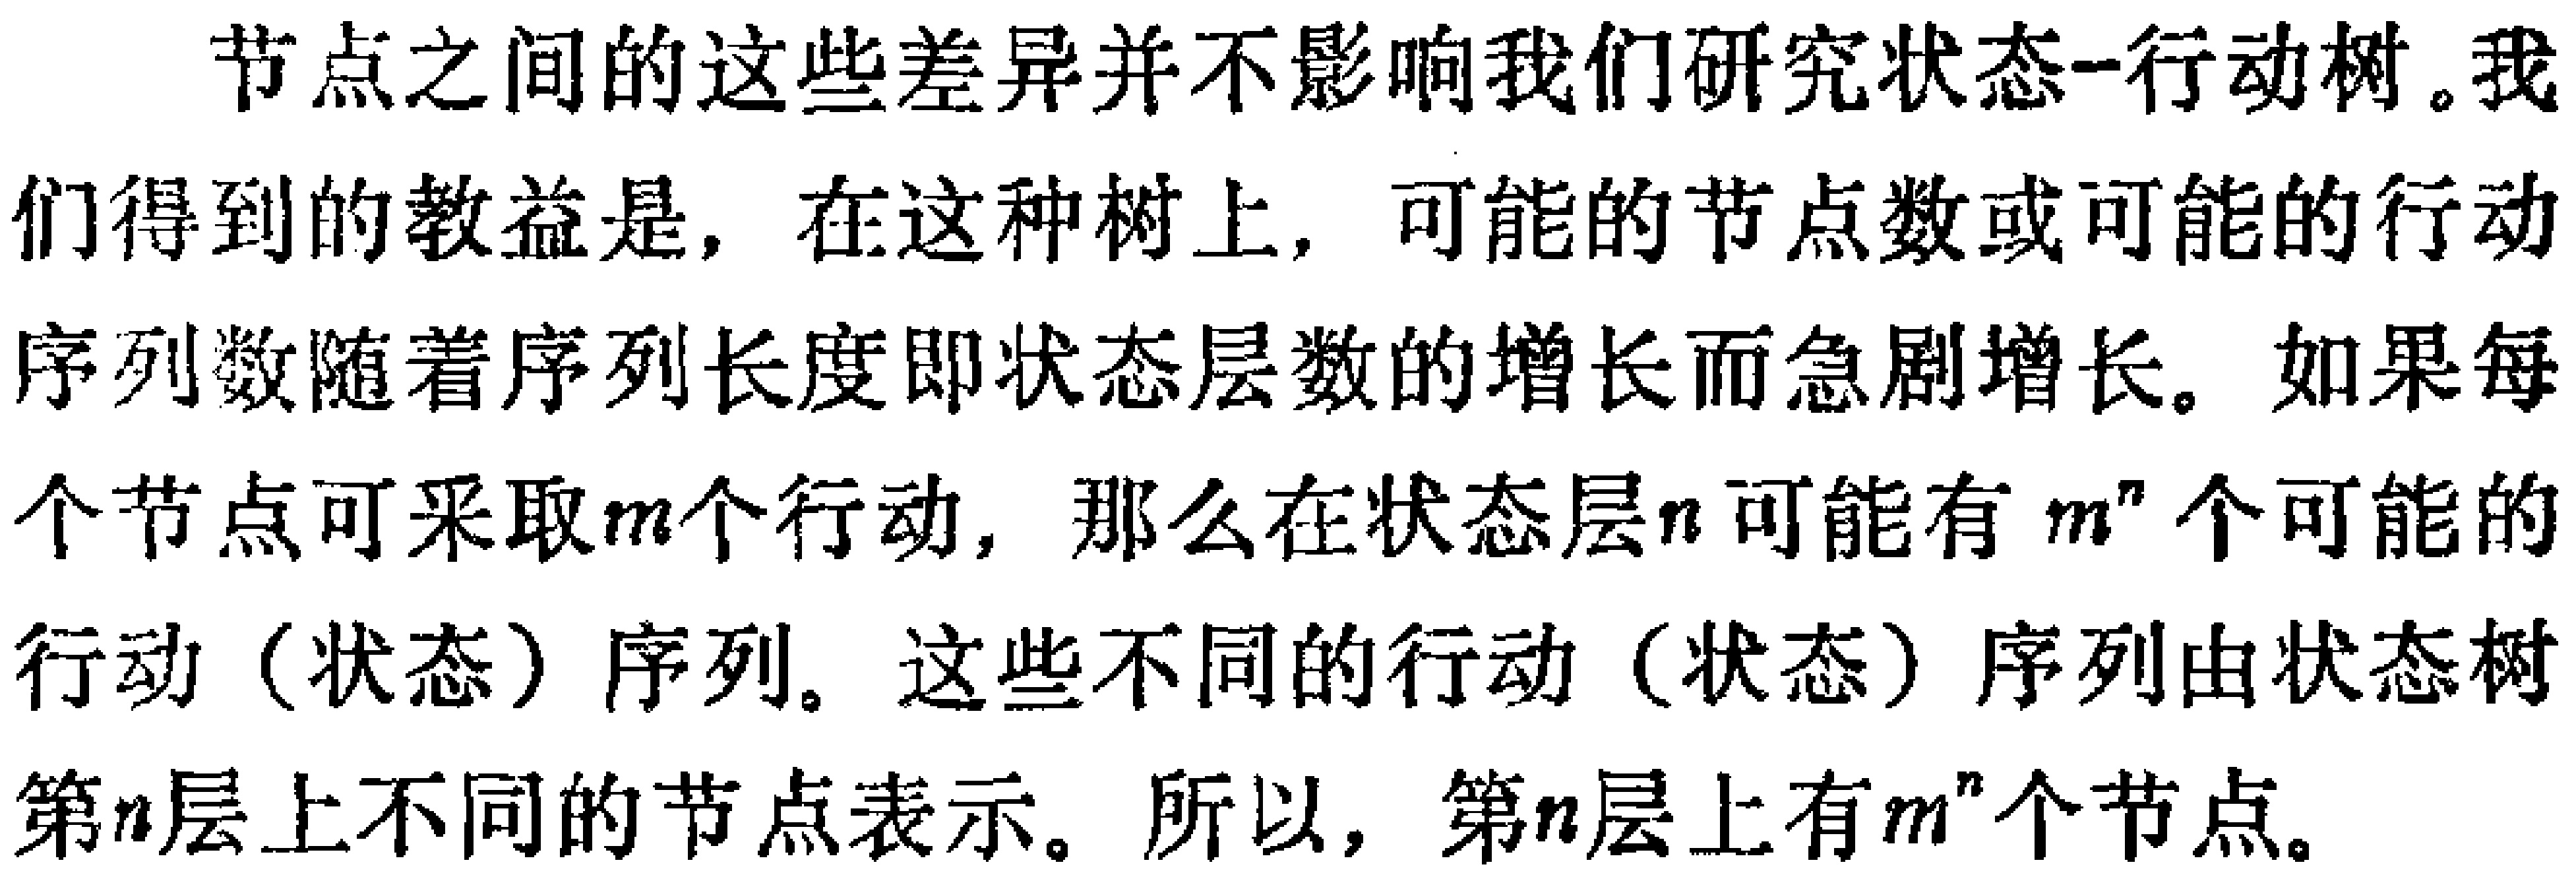
节点之间的这些差异并不影响我们研究状态-行动树。我们得到的教益是，在这种树上，可能的节点数或可能的行动序列数随着序列长度即状态层数的增长而急剧增长。如果每个节点可采取\(m\)个行动，那么在状态层\(n\)可能有 \(m^{n}\) 个可能的行动（状态）序列。这些不同的行动（状态）序列由状态树第\(n\)层上不同的节点表示。所以，第\(n\)层上有\(m^{n}\)个节点。